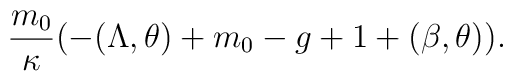
\frac{m_0}{\kappa}(-(\Lambda,\theta)+m_0-g+1+(\beta,\theta)).